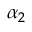
\alpha _ { 2 }